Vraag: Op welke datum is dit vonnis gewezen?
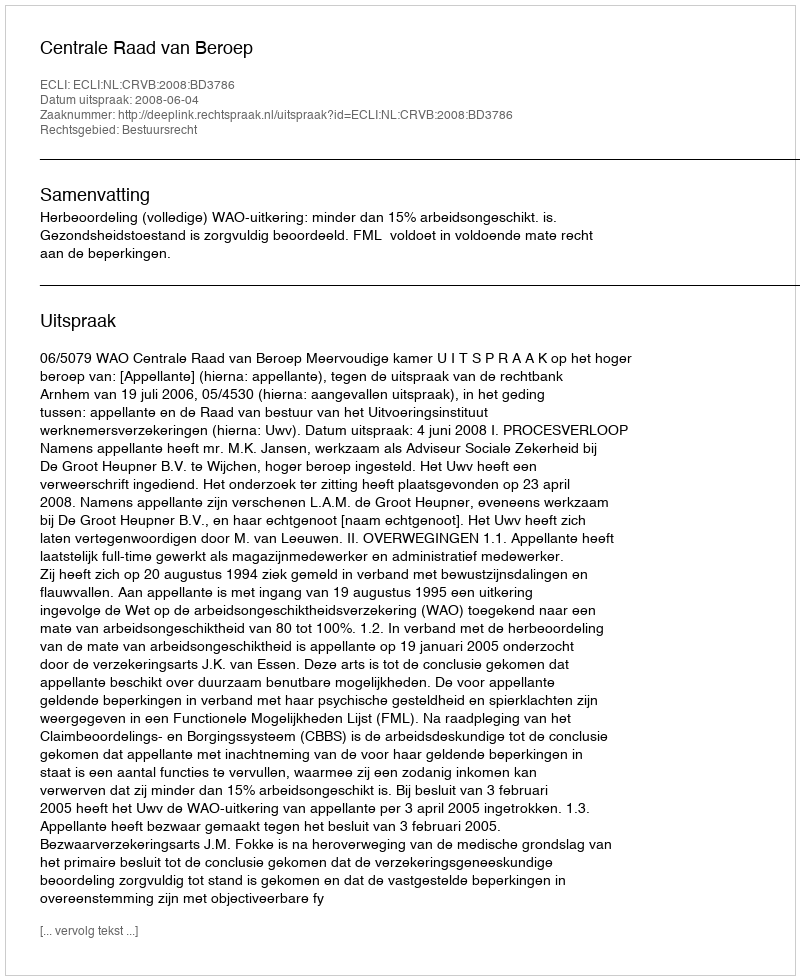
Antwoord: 2008-06-04